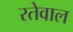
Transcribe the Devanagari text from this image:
रतेवाल